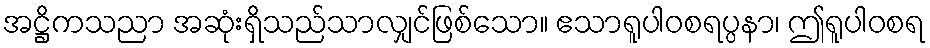
အဋ္ဌိကသညာ အဆုံးရှိသည်သာလျှင်ဖြစ်သော။ ဧသာရူပါဝစရပ္ပနာ၊ ဤရူပါဝစရ